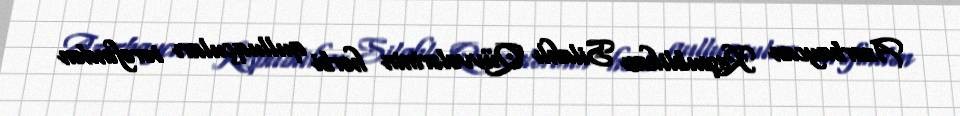
Azərbaycan Respublikası Silahlı Qüvvələrinin hərbi qulluqçuları tərəfindən